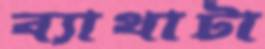
ব্যাথাটা